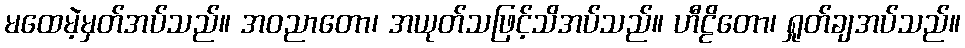
မထေမဲ့မှတ်အပ်သည်။ အဝညာတော၊ အယုတ်သဖြင့်သိအပ်သည်။ ဟီဠိတော၊ ရှုတ်ချအပ်သည်။